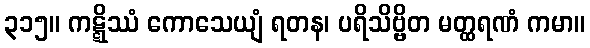
၃၁၅။ ကဋ္ဋိဿံ ကောသေယျံ ရတန၊ ပရိသိဗ္ဗိတ မတ္ထရဏံ ကမာ။